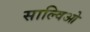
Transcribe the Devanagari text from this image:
साल्विओ